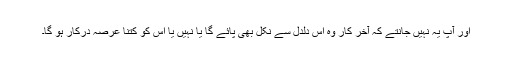
اور آپ یہ نہیں جانتے کہ آخر کار وہ اِس دلدل سے نکل بھی پائے گا یا نہیں یا اِس کو کتنا عرصہ درکار ہو گا۔